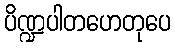
ပိဏ္ဍပါတဟေတုပေ